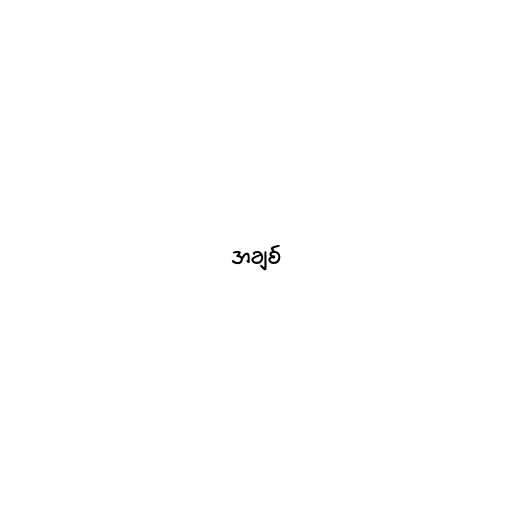
အချစ်